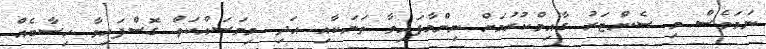
ނަމަވެސް މި ސެންޓަރު ގާއިމްކުރުމަށް ނިންމާފައިވާ ތަނަކާއި އަދި މިމަސައްކަތް ގޮސްފައިވާ ހިސާބެއް